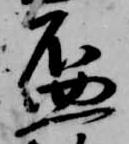
盃